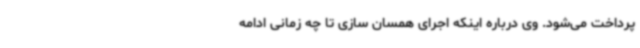
پرداخت می‌شود. وی درباره اینکه اجرای همسان سازی تا چه زمانی ادامه